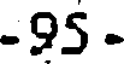
-95 -